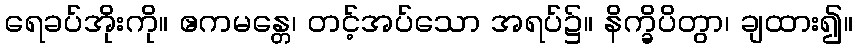
ရေခပ်အိုးကို။ ဧကမန္တေ၊ တင့်အပ်သော အရပ်၌။ နိက္ခိပိတွာ၊ ချထား၍။